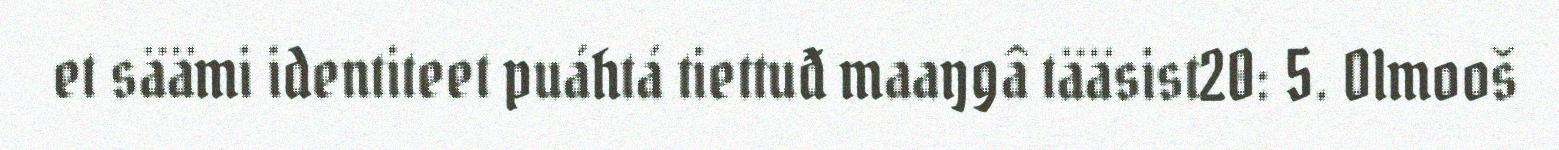
et säämi identiteet puáhtá tiettuđ maaŋgâ tääsist20: 5. Olmooš